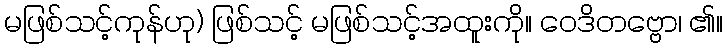
မဖြစ်သင့်ကုန်ဟု) ဖြစ်သင့် မဖြစ်သင့်အထူးကို။ ဝေဒိတဗ္ဗော၊ ၏။